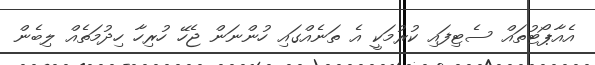
އެއާޕޯޓުތައް ސެޓިފައި ކުރުމަކީ އެ ތަނެއްގައި ހުންނަން ޖެހޭ ހުރިހާ ހިދުމަތެއް ލިބެން